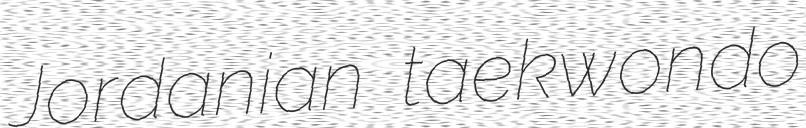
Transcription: Jordanian taekwondo